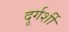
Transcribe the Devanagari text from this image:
दूर्गर्शी